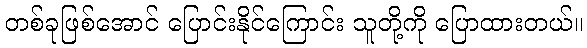
တစ်ခုဖြစ်အောင် ပြောင်းနိုင်ကြောင်း သူတို့ကို ပြောထားတယ်။